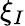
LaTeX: \xi_{I}